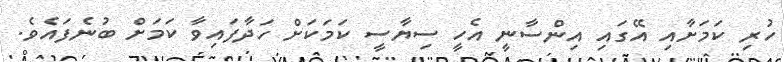
ހުރި ކަމަށާއި އޭގައި އިންސާނީ އެހީ ސިޔާސީ ކަމަކަށް ހަދާފައިވާ ކަމަށް ބުނެފައެވެ.